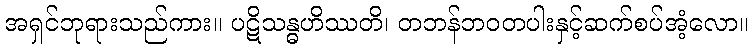
အရှင်ဘုရားသည်ကား။ ပဋိသန္ဓဟိဿတိ၊ တဘန်ဘဝတပါးနှင့်ဆက်စပ်အံ့လော။